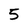
Character: 5